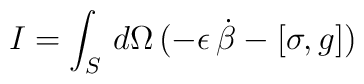
I = \int_{S} \, d\Omega \, (- \epsilon \, \dot{\beta} - [\sigma,g])